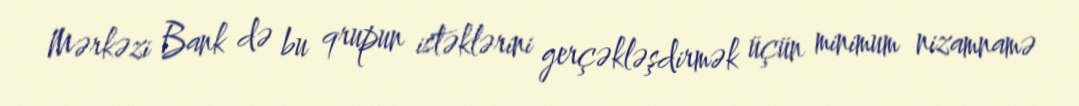
Mərkəzi Bank də bu qrupun istəklərini gerçəkləşdirmək üçün minimum nizamnamə